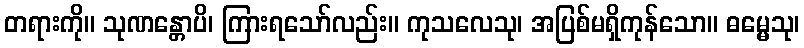
တရားကို။ သုဏန္တောပိ၊ ကြားရသော်လည်း။ ကုသလေသု၊ အပြစ်မရှိကုန်သော။ ဓမ္မေသု၊